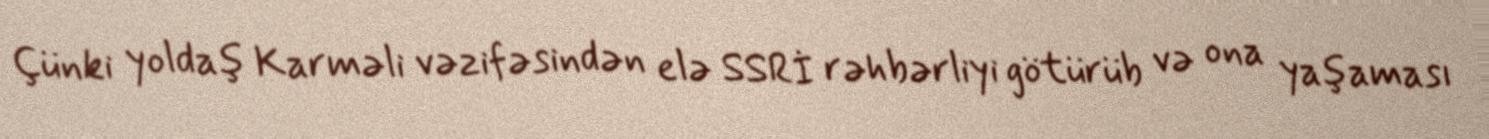
Çünki yoldaş Karməli vəzifəsindən elə SSRİ rəhbərliyi götürüb və ona yaşaması